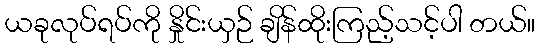
ယခုလုပ်ရပ်ကို နှိုင်းယှဉ် ချိန်ထိုးကြည့်သင့်ပါ တယ်။